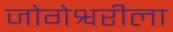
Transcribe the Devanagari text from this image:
जोगेश्वरीला